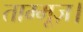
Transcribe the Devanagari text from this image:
ताम्मूज़।